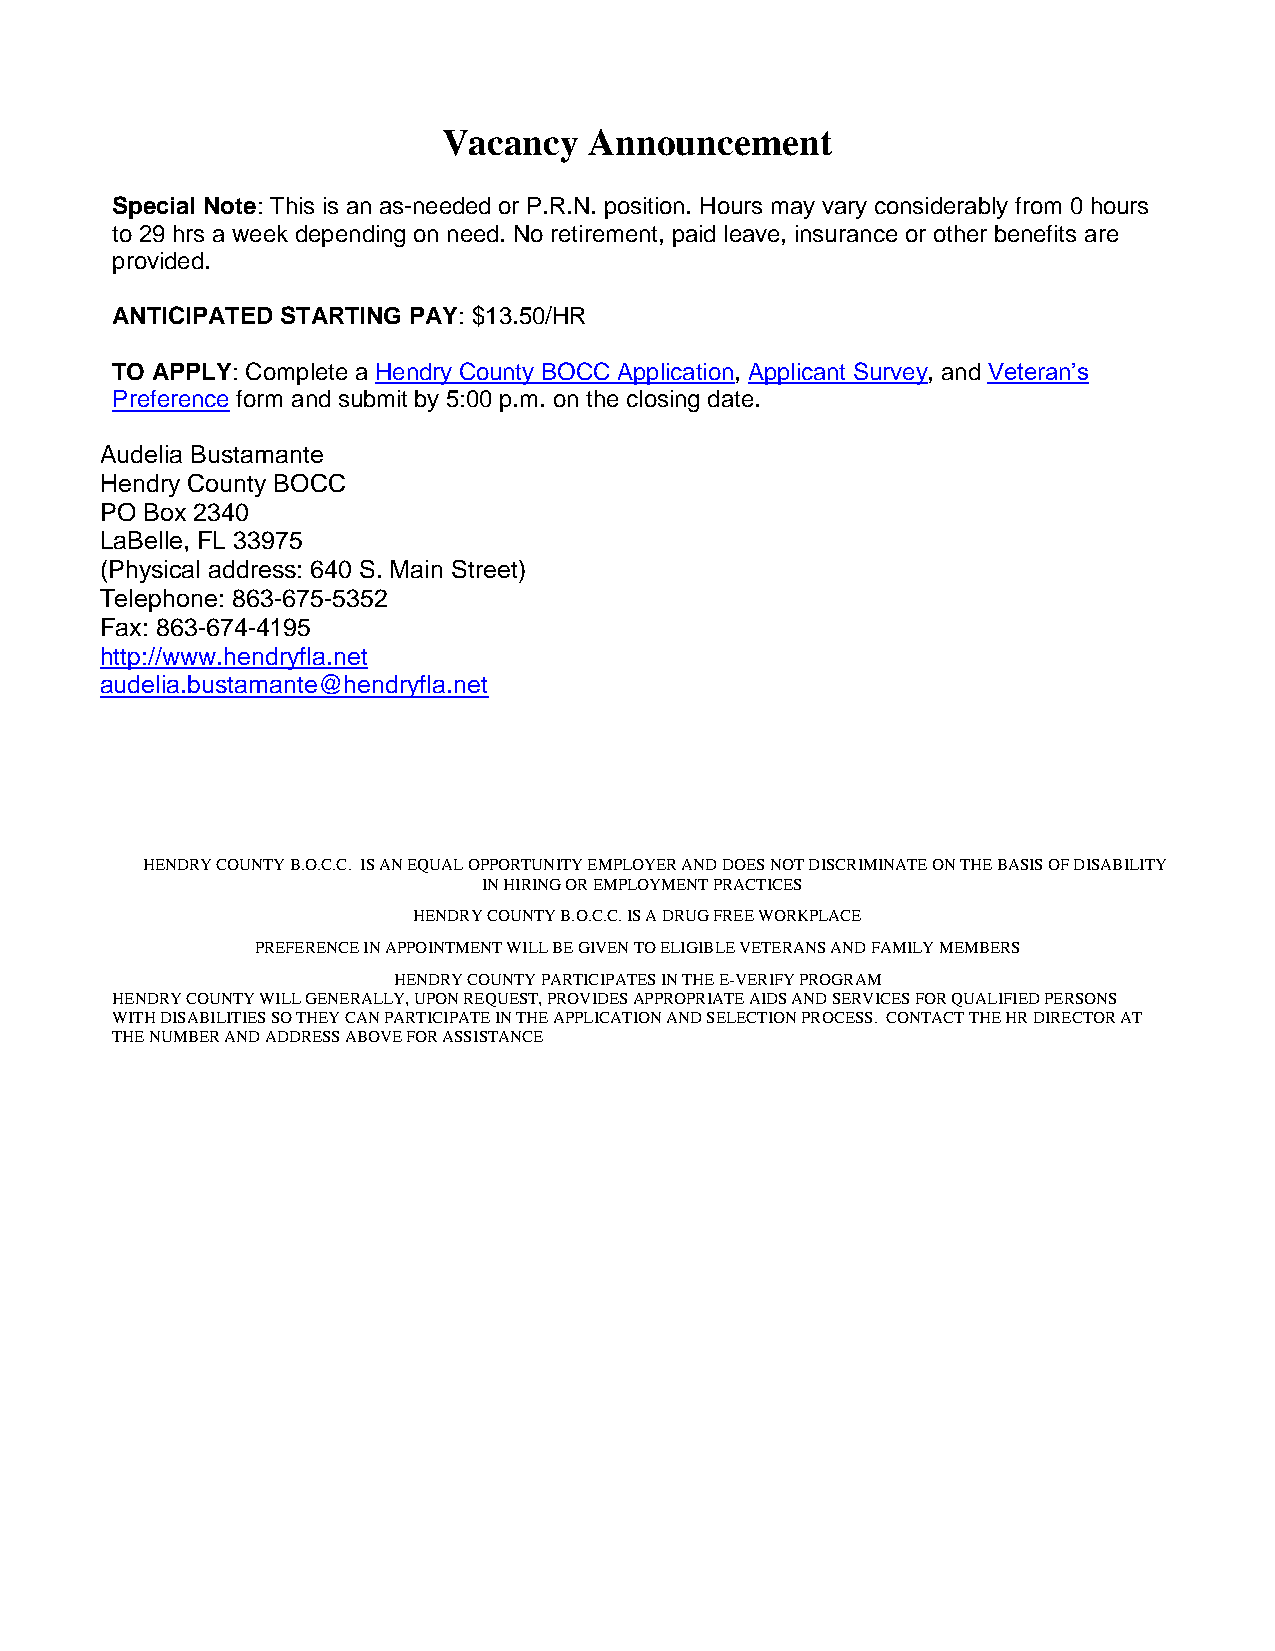
Vacancy   Announcement
 Special Note: This is an as-needed or P.R.N. position. Hours may vary considerably from 0 hours
 to 29 hrs a week depending on need. No retirement, paid leave, insurance or other benefits are
 provided.
 ANTICIPATED STARTING PAY: $13.50/HR
 TO APPLY: Complete a Hendry County BOCC Application, Applicant Survey, and Veteran’s
 Preference form and submit by 5:00 p.m. on the closing date.
 Audelia Bustamante
 Hendry County BOCC
 PO Box 2340
 LaBelle, FL 33975
 (Physical address: 640 S. Main Street)
 Telephone: 863-675-5352
 Fax: 863-674-4195
 http://www.hendryfla.net
 audelia.bustamante@hendryfla.net
 HENDRY COUNTY B.O.C.C. IS AN EQUAL OPPORTUNITY EMPLOYER AND DOES NOT DISCRIMINATE ON THE BASIS OF DISABILITY
 IN HIRING OR EMPLOYMENT PRACTICES
 HENDRY COUNTY B.O.C.C. IS A DRUG FREE WORKPLACE
 PREFERENCE IN APPOINTMENT WILL BE GIVEN TO ELIGIBLE VETERANS AND FAMILY MEMBERS
 HENDRY COUNTY PARTICIPATES IN THE E-VERIFY PROGRAM
 HENDRY COUNTY WILL GENERALLY, UPON REQUEST, PROVIDES APPROPRIATE AIDS AND SERVICES FOR QUALIFIED PERSONS
 WITH DISABILITIES SO THEY CAN PARTICIPATE IN THE APPLICATION AND SELECTION PROCESS. CONTACT THE HR DIRECTOR AT
 THE NUMBER AND ADDRESS ABOVE FOR ASSISTANCE